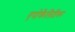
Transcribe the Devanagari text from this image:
एपोकैलिप्टिका